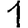
Digit: 1